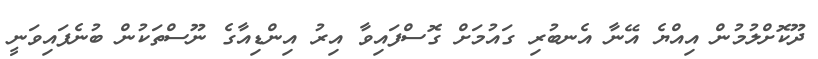
ދޫކޮށްލުމުން އިއްޔެ އޭނާ އެނބުރި ގައުމަށް ގޮސްފައިވާ އިރު އިންޑިއާގެ ނޫސްތަކުން ބުނެފައިވަނީ